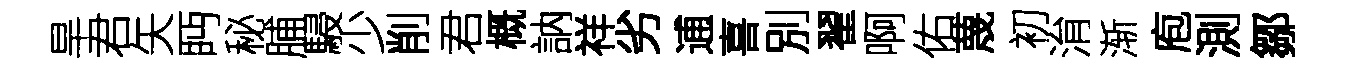
旱君矢眄秘脯駸少削君概訥祥劣逋喜別翟啊佑蔑初㳙渐庖測鄒